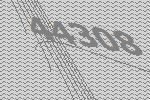
44308